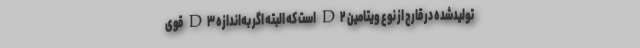
تولیدشده در قارچ از نوع ویتامین D۲ است که البته اگر به‌اندازه D۳ قوی